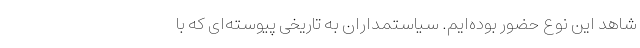
شاهد این نوع حضور بوده‌ایم. سیاستمداران به تاریخی پیوسته‌ای که با